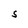
Character: S